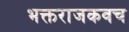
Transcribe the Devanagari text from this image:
भक्तराजकवच